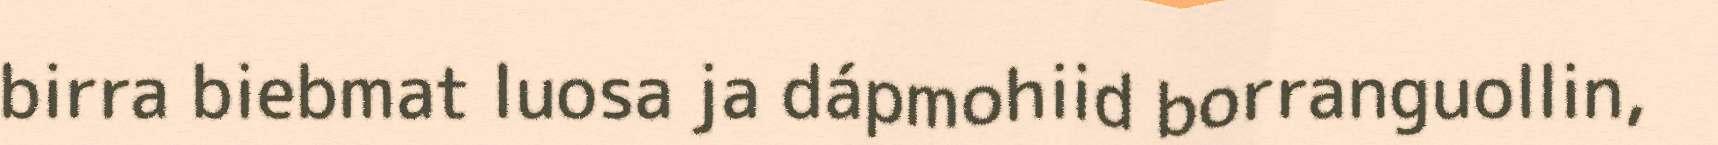
birra biebmat luosa ja dápmohiid borranguollin,